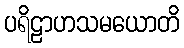
ပရိဠာဟသမယောတိ